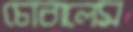
চোবালেম